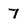
Character: 7